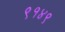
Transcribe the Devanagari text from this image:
९१४९